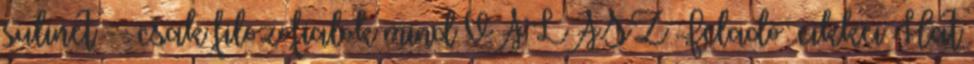
sulinet -- csak filozofialok mind VÁLASZ Feladó: cikkei Hat